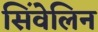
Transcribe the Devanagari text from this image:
सिंवेलिन